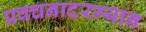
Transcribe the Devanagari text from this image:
प्रवचनादरम्यान